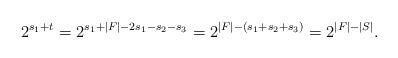
LaTeX: \begin{align*}2^{s_1+t}=2^{s_1+|F|-2s_1-s_2-s_3}=2^{|F|-(s_1+s_2+s_3)}=2^{|F|-|S|}.\end{align*}